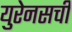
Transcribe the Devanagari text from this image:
युरेनसची